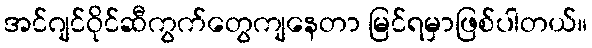
အင်ဂျင်ဝိုင်ဆီကွက်တွေကျနေတာ မြင်ရမှာဖြစ်ပါတယ်။